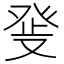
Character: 𤼬